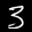
Label: 3